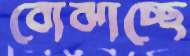
বোঝাচ্ছে